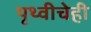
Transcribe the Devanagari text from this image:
पृथ्वीचेही